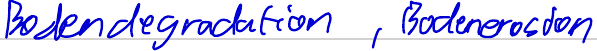
Bodendegradation, Bodenerosion